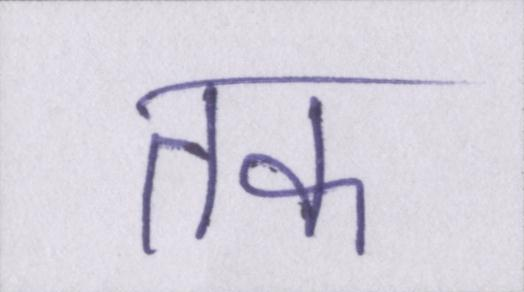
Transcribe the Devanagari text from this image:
तक